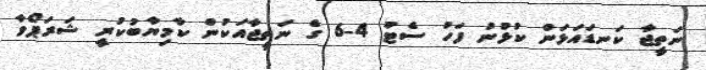
ނަތީޖާ ކަނޑައަޅަން ކުޅުނު ފަހު ސެޓު 4-6 ގެ ނަތީޖާއަކުން ކާމިޔާބުކުރީ ޝަރަޕޯވާ